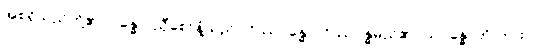
အစရှိသည်တို့၏။ ဂန္ဓော၊ ညှီစော်နံ့သည်။ ဝိဿဂန္ဓော၊ ဝိဿဂန္ဓမည်၏။ သုဂန္ဓောတိ-ကား။